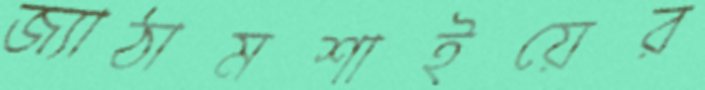
জ্যাঠামশাইয়ের